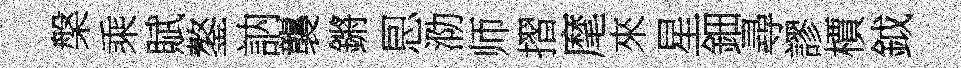
槃乘賦鏊訥襲鏘㤙泐师摺麾來星鈿尋謬檟鉞